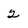
Character: 2